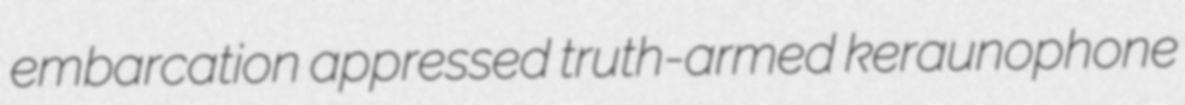
embarcation appressed truth-armed keraunophone